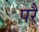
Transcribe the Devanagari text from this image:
परेै